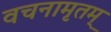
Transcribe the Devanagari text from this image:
वचनामृतम्